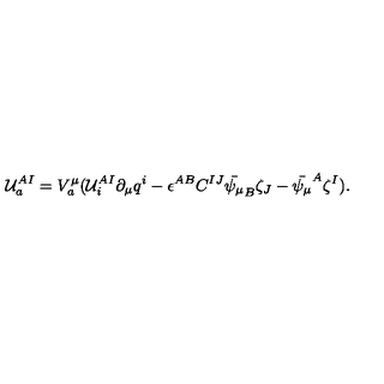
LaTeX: { \cal U } _ { a } ^ { A I } = V _ { a } ^ { \mu } ( { \cal U } _ { i } ^ { A I } \partial _ { \mu } q ^ { i } - \epsilon ^ { A B } C ^ { I J } \bar { \psi _ { \mu } } _ { B } \zeta _ { J } - \bar { \psi _ { \mu } } ^ { A } \zeta ^ { I } ) .